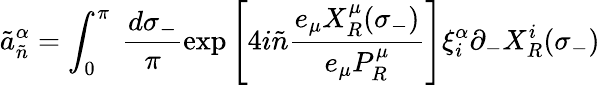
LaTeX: \tilde{a}_{\tilde{n}}^{\alpha}=\int_{0}^{\pi}~\frac{d\sigma_{-}}{\pi}\exp\left[4i\tilde{n}\frac{e_{\mu}X_{R}^{\mu}(\sigma_{-})}{e_{\mu}P_{R}^{\mu}}\right]\xi_{i}^{\alpha}\partial_{-}X_{R}^{i}(\sigma_{-})